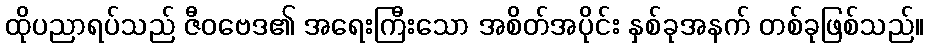
ထိုပညာရပ်သည် ဇီဝဗေဒ၏ အရေးကြီးသော အစိတ်အပိုင်း နှစ်ခုအနက် တစ်ခုဖြစ်သည်။